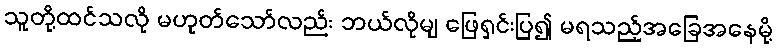
သူတို့ထင်သလို မဟုတ်သော်လည်း ဘယ်လိုမျ ဖြေရှင်းပြ၍ မရသည့်အခြေအနေမို့